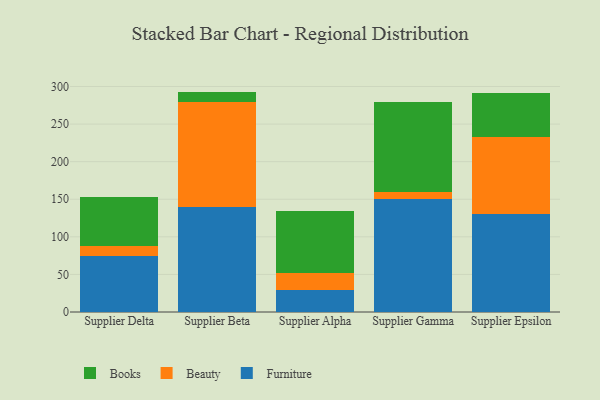
{"axis": {"x": "Supplier", "y": "LTV (USD)"}, "legend": ["Beauty", "Books", "Furniture"], "data": [{"x": "Supplier Delta", "y": 74.3, "type": "Furniture"}, {"x": "Supplier Delta", "y": 13.5, "type": "Beauty"}, {"x": "Supplier Delta", "y": 65.0, "type": "Books"}, {"x": "Supplier Beta", "y": 140.2, "type": "Furniture"}, {"x": "Supplier Beta", "y": 138.6, "type": "Beauty"}, {"x": "Supplier Beta", "y": 14.4, "type": "Books"}, {"x": "Supplier Alpha", "y": 29.6, "type": "Furniture"}, {"x": "Supplier Alpha", "y": 21.7, "type": "Beauty"}, {"x": "Supplier Alpha", "y": 82.9, "type": "Books"}, {"x": "Supplier Gamma", "y": 149.8, "type": "Furniture"}, {"x": "Supplier Gamma", "y": 9.5, "type": "Beauty"}, {"x": "Supplier Gamma", "y": 120.3, "type": "Books"}, {"x": "Supplier Epsilon", "y": 130.0, "type": "Furniture"}, {"x": "Supplier Epsilon", "y": 102.7, "type": "Beauty"}, {"x": "Supplier Epsilon", "y": 58.6, "type": "Books"}]}